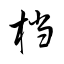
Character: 档